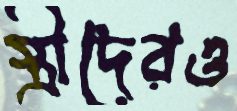
স্ত্রীদেরও